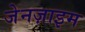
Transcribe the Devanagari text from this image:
जेनज़ाइम